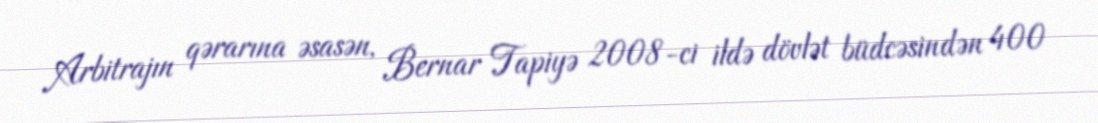
Arbitrajın qərarına əsasən, Bernar Tapiyə 2008-ci ildə dövlət büdcəsindən 400